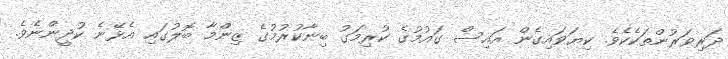
ދަރިވަރުންތަކެކެވެ. ކިޔަވައިގެން އައިސް ގައުމުގެ ކުރިމަގު ބިނާކުރުމުގެ ޒިންމާ ބޮލުގައި އެޅޭނެ ކުދީންނެވެ.